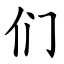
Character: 们